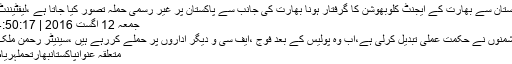
پاکستان سے بھارت کے ایجنٹ کلوبھوشن کا گرفتار ہونا بھارت کی جانب سے پاکستان پر غیر رسمی حملہ تصور کیا جاتا ہے ،لیفٹیننٹ ..
جمعہ 12 اگست 2016 | 04:50:17
دشمنوں نے حکمت عملی تبدیل کرلی ہے،اب وہ پولیس کے بعد فوج ،ایف سی و دیگر اداروں پر حملے کررہے ہیں ،سینیٹر رحمن ملک ..
متعلقہ عنوانپاکستانبھارتحملہریاض